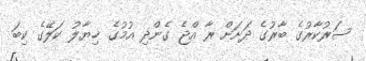
ސަރުކާރުގެ ބާރުގެ ދަށަށް ރާ އްޖެ ގެންދި އުމުގެ ޚިޔާލު ކަލޭގެ ކިބަ